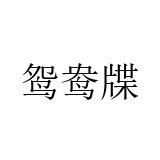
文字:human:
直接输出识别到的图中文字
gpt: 鸳鸯牒